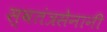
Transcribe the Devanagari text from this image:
स्वतंत्रसेनानी